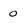
Character: 0